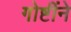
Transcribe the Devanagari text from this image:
गोष्टींने